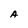
Character: A